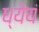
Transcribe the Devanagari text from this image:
ध्येयं